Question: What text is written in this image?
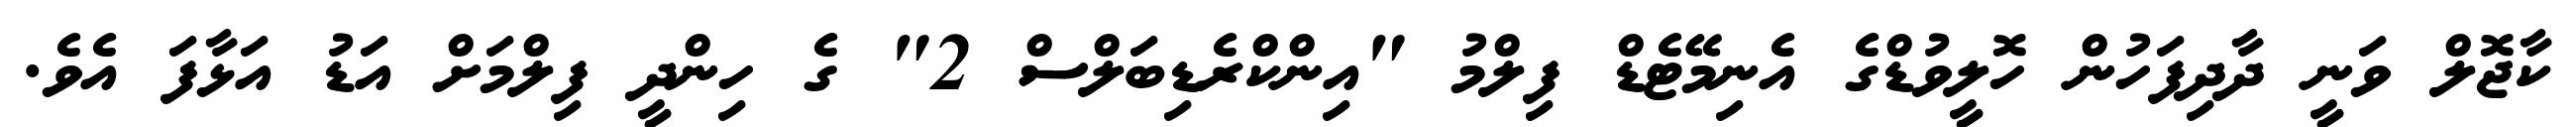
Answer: ކާޖޮލް ވަނީ ދާދިފަހުން ހޮލީވުޑްގެ އެނިމޭޓެޑް ފިލްމު "އިންކްރެޑިބަލްސް 2" ގެ ހިންދީ ފިލްމަށް އަޑު އަޅާފަ އެވެ.